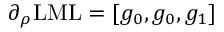
\partial _ { \boldsymbol { \rho } } \mathrm { L M L } = [ g _ { 0 } , g _ { 0 } , g _ { 1 } ]